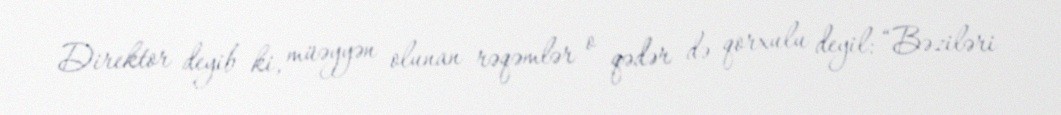
Direktor deyib ki, müəyyən olunan rəqəmlər o qədər də qorxulu deyil: “Bəziləri